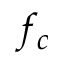
f _ { c }